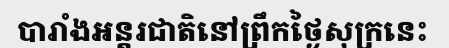
បារាំងអន្តរជាតិនៅព្រឹកថ្ងៃសុក្រនេះ